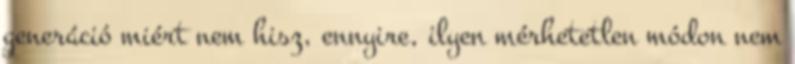
generáció miért nem hisz, ennyire, ilyen mérhetetlen módon nem